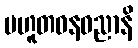
ပဟူတဓနဓညာနိ